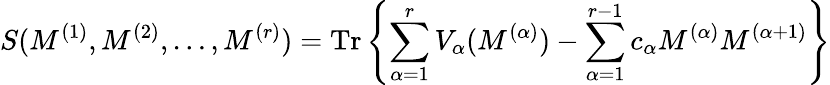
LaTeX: S(M^{(1)},M^{(2)},\ldots,M^{(r)})=\mathrm{Tr}\left\{ \sum_{\alpha=1}^{r}V_{\alpha}(M^{(\alpha)})-\sum_{\alpha=1}^{r-1}c_{\alpha}M^{(\alpha)}M^{(\alpha+1)}\right\}